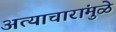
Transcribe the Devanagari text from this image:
अत्याचारांमुळे